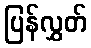
ပြန်လွှတ်